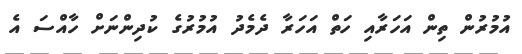
އުމުރުން ތިން އަހަރާއި ހަތް އަހަރާ ދެމެދު އުމުރުގެ ކުދިންނަށް ހާއްސަ އެ